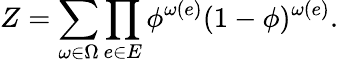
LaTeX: Z=\sum_{\omega\in\Omega}\prod_{e\in E}\phi^{\omega(e)}(1-\phi)^{\omega(e)}.